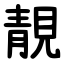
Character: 靚